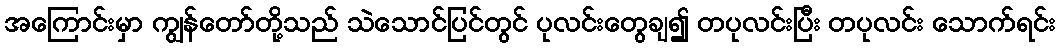
အကြောင်းမှာ ကျွန်တော်တို့သည် သဲသောင်ပြင်တွင် ပုလင်းတွေချ၍ တပုလင်းပြီး တပုလင်း သောက်ရင်း